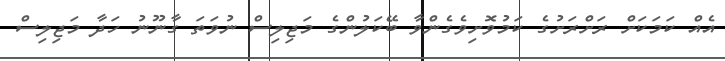
އެއް ކަމަކަށް ރަށްރަށުގެ ކަމުވޮށިވެގެންވާ ބޭކަލުންގެ މަޖިލިސް ނުވަތަ ގާނޫނު ހަދާ މަޖިލިސް